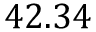
4 2 . 3 4